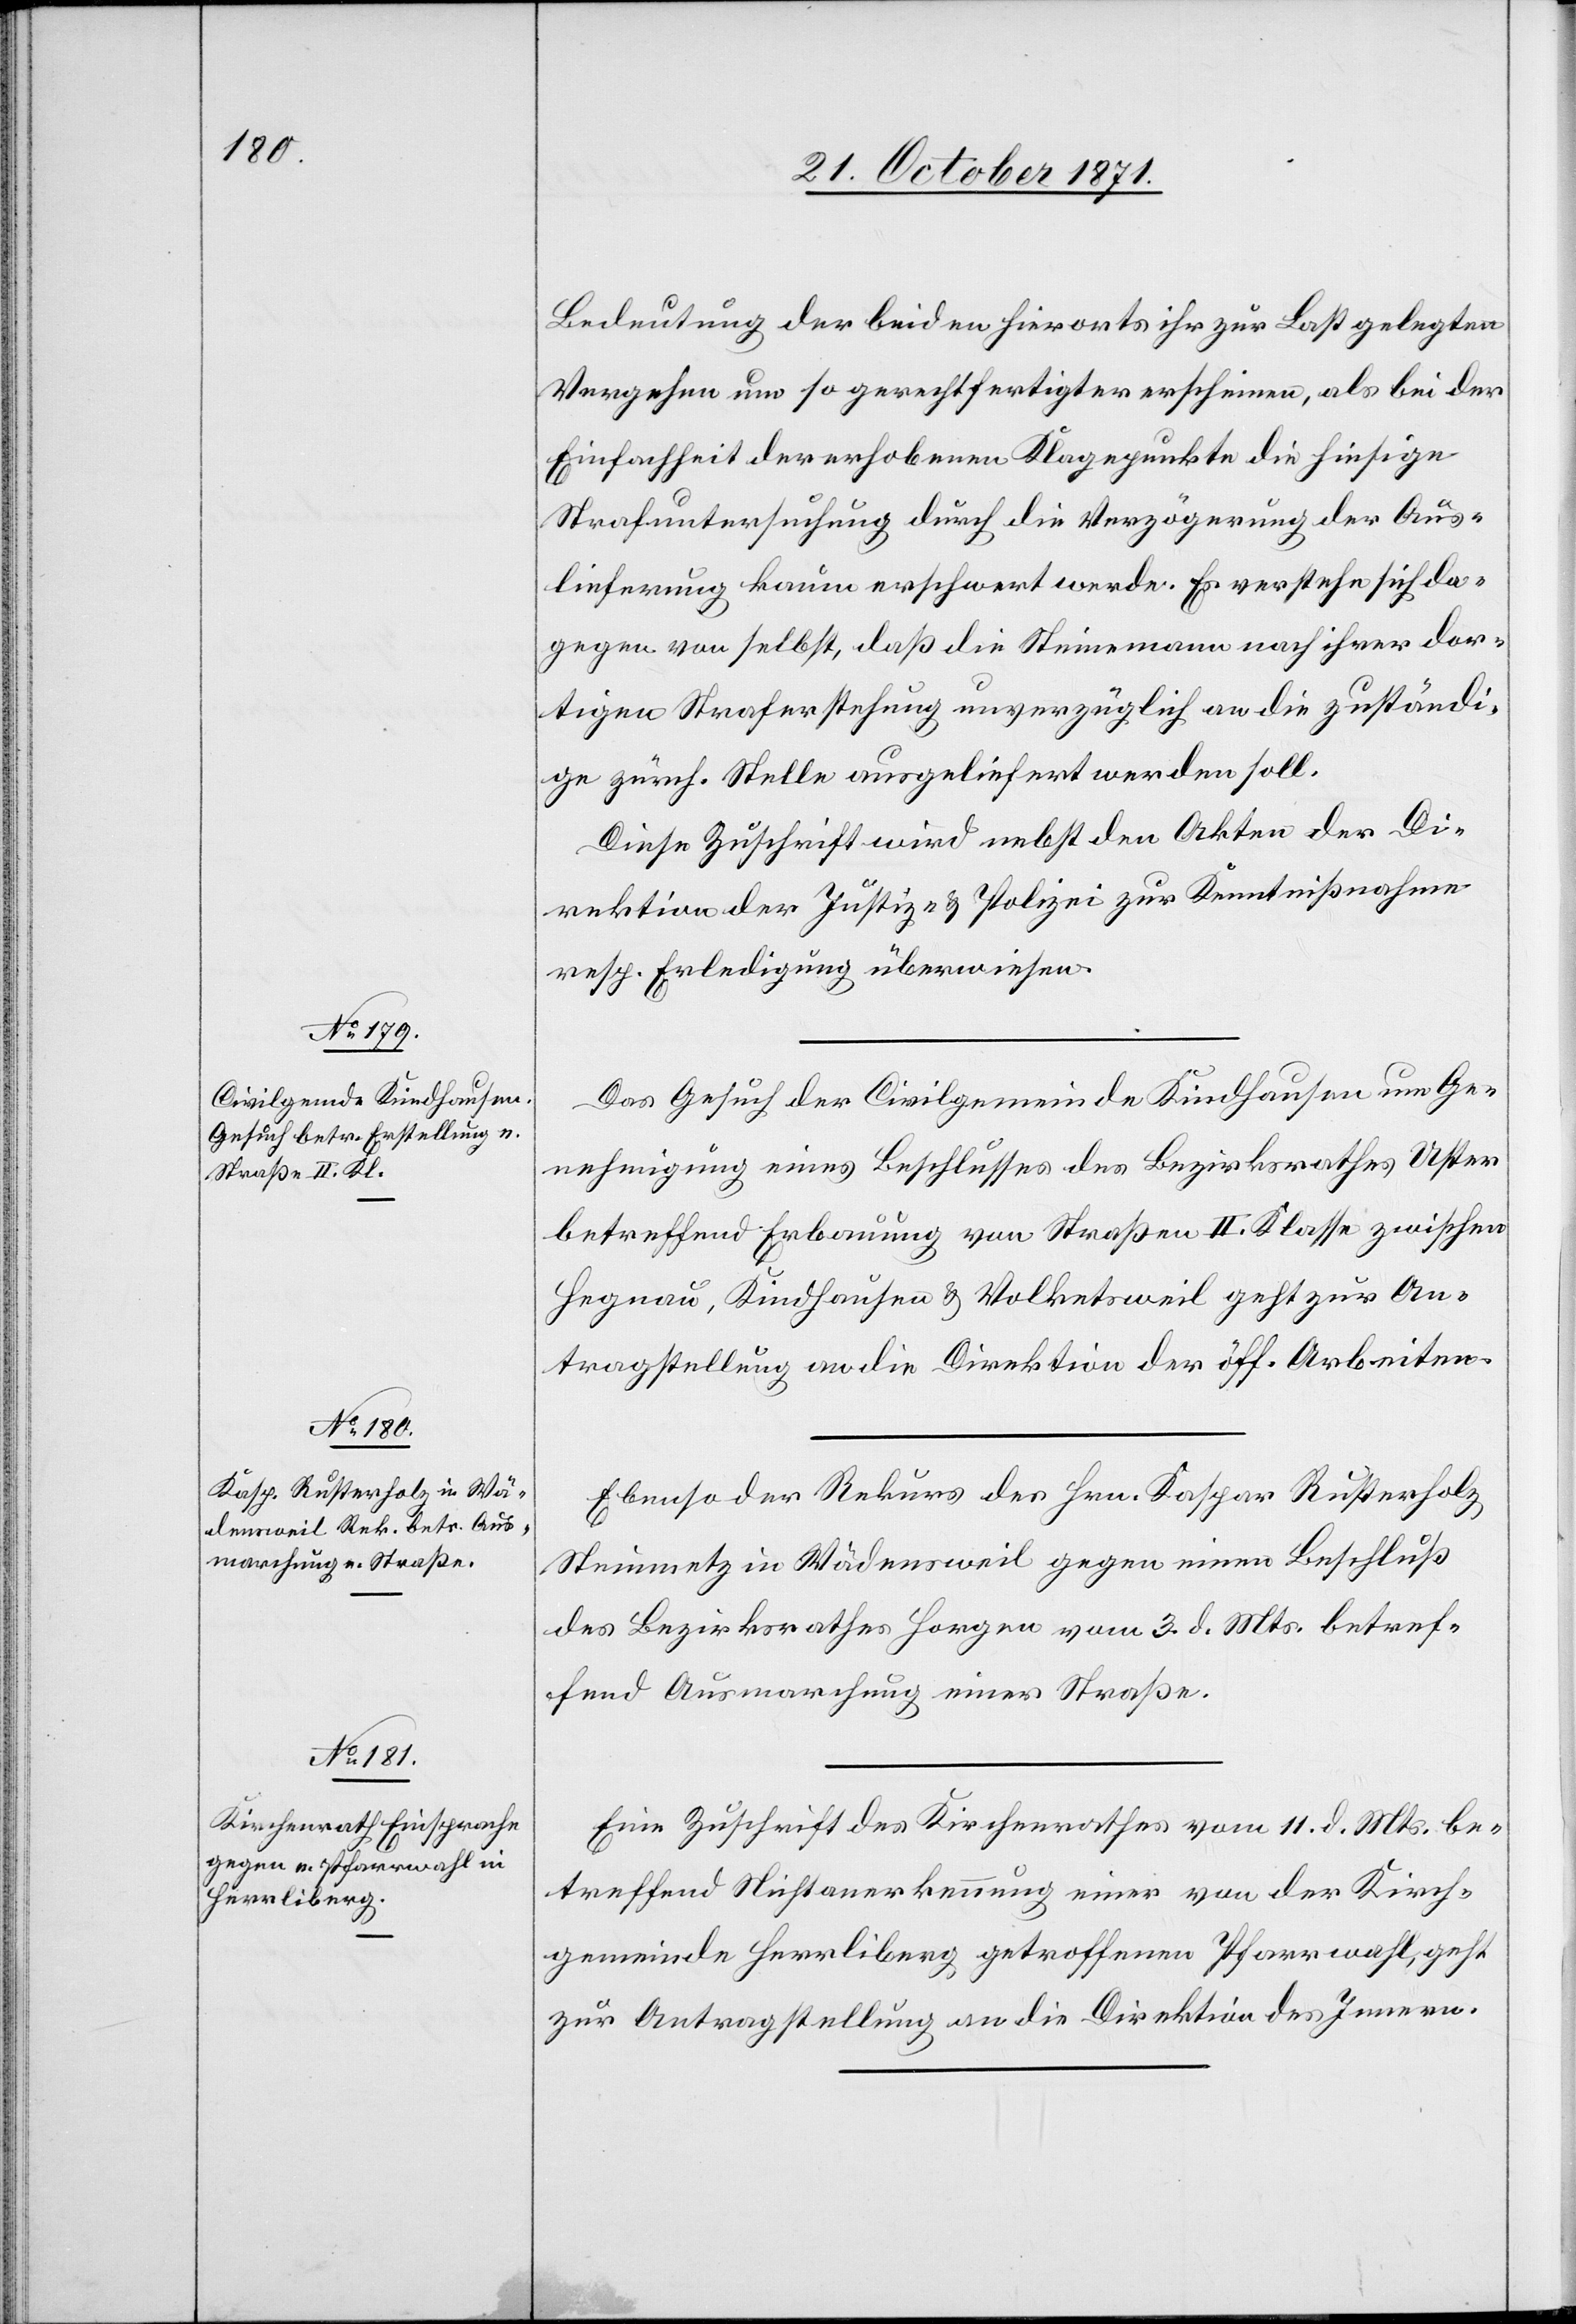
23. October 1871.]
Bedeutung der beiden hierorts ihr zur Last gelegten
Vergehen um so gerechtfertigter erscheinen, als bei der
Einfachheit der erhobenen Klagepunkte die hiesige
Strafuntersuchung durch die Verzögerung der Aus¬
lieferung kaum erschwert werde. Es verstehe sich da¬
gegen von selbst, daß die Steinemann nach ihrer dor¬
tigen Straferstehung unverzüglich an die zuständi¬
ge zürch. Stelle ausgeliefert werden soll.
Diese Zuschrift wird nebst den Akten der Di¬
rektion der Justiz- & Polizei zur Kenntnißnahme
resp. Erledigung überwiesen.
Das Gesuch der Civilgemeinde Kindhausen um Ge¬
nehmigung eines Beschlusses des Bezirksrathes Uster
betreffend Erbauung von Straßen II. Klasse zwischen
Hegnau, Kindhausen & Volketsweil geht zur An¬
tragstellung an die Direktion der öff. Arbeiten.
Ebenso der Rekurs des Hrn. Kaspar Rusterholz
Steinmetz in Wädensweil gegen einen Beschluß
des Bezirksrathes Horgen vom 3. d. Mts. betref¬
fend Ausmarchung einer Straße.
Eine Zuschrift des Kirchenrathes vom 11. d. Mts. be¬
treffend Nichtanerkennung einer von der Kirch¬
gemeinde Herrliberg getroffenen Pfarrwahl, geht
zur Antragstellung an die Direktion des Innern.